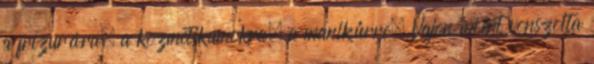
a frizurára, a kozmetikumokra, a manikűrre. Vajon miért vonszolta